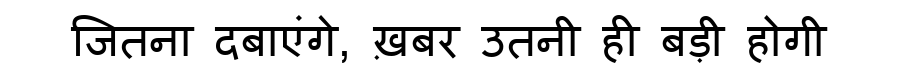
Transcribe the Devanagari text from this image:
जितना दबाएंगे, ख़बर उतनी ही बड़ी होगी